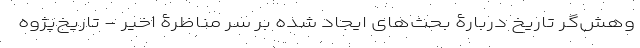
وهش‌گر تاریخ دربارۀ بحث‌های ایجاد شده بر سر مناظرۀ اخیر - تاریخ‌پژوه